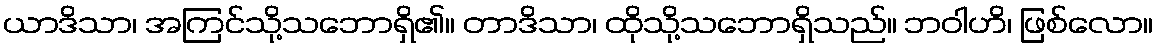
ယာဒိသာ၊ အကြင်သို့သဘောရှိ၏။ တာဒိသာ၊ ထိုသို့သဘောရှိသည်။ ဘဝါဟိ၊ ဖြစ်လော။